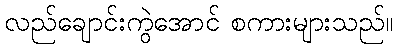
လည်ချောင်းကွဲအောင် စကားများသည်။